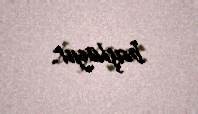
başlayır.